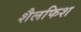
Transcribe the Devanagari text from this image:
शैलफिश